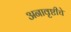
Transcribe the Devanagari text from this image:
अनावृष्टीचे